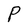
Character: P